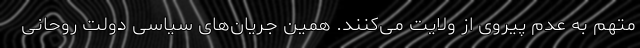
متهم به عدم پیروی از ولایت می‌کنند. همین جریان‌های سیاسی دولت روحانی